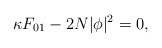
\begin{align*}\kappa F_{01} -2N|\phi|^2 = 0,\end{align*}